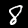
Digit: 8